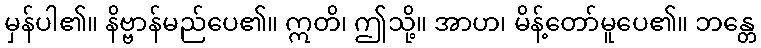
မှန်ပါ၏။ နိဗ္ဗာန်မည်ပေ၏။ ဣတိ၊ ဤသို့။ အာဟ၊ မိန့်တော်မူပေ၏။ ဘန္တေ